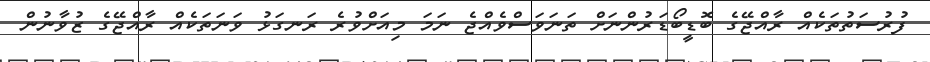
ފުރުސަތުތަކެއް ރާއްޖޭގެ ބޮޑީބޯޑަރުންނަށް ތަނަވަސްވެއްޖެ ނަމަ މިއަށްވުރެ ރަނގަޅު ވަނަތަކެއް ރާއްޖޭގެ ޒުވާނުން